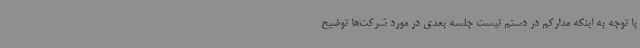
با توجه به اینکه مدارکم در دستم نیست جلسه بعدی در مورد شرکت‌ها توضیح